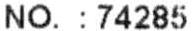
NO. : 74285